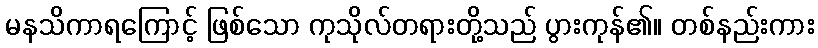
မနသိကာရကြောင့် ဖြစ်သော ကုသိုလ်တရားတို့သည် ပွားကုန်၏။ တစ်နည်းကား